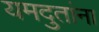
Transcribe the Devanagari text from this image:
यमदुतांना